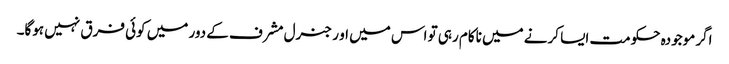
اگر موجودہ حکومت ایسا کرنے میں ناکام رہی تو اس میں او ر جنرل مشرف کے دور میں کوئی فرق نہیں ہوگا۔